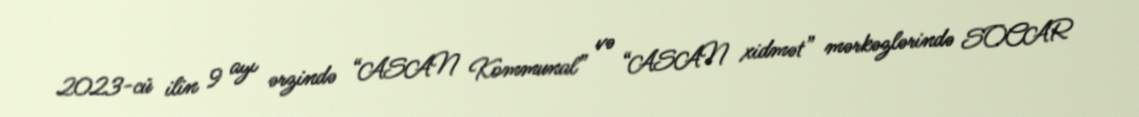
2023-cü ilin 9 ayı ərzində “ASAN Kommunal” və “ASAN xidmət” mərkəzlərində SOCAR